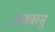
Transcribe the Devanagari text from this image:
व्राणवस्तु